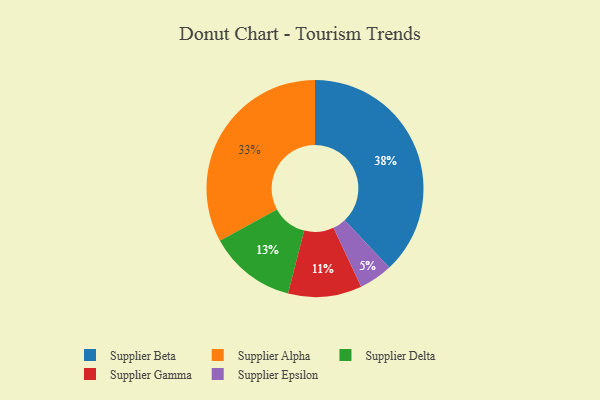
{"axis": {"x": "Category", "y": "Percentage"}, "legend": ["Supplier Alpha", "Supplier Beta", "Supplier Delta", "Supplier Epsilon", "Supplier Gamma"], "data": [{"x": "Supplier Delta", "y": 13, "type": "Supplier Delta"}, {"x": "Supplier Alpha", "y": 33, "type": "Supplier Alpha"}, {"x": "Supplier Epsilon", "y": 5, "type": "Supplier Epsilon"}, {"x": "Supplier Beta", "y": 38, "type": "Supplier Beta"}, {"x": "Supplier Gamma", "y": 11, "type": "Supplier Gamma"}]}